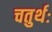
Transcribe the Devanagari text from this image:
चतुर्थः